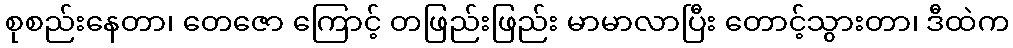
စုစည်းနေတာ၊ တေဇော ကြောင့် တဖြည်းဖြည်း မာမာလာပြီး တောင့်သွားတာ၊ ဒီထဲက